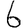
Digit: 6